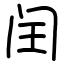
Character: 闰